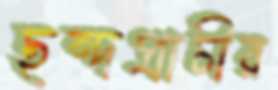
ছন্দপ্রাচীর